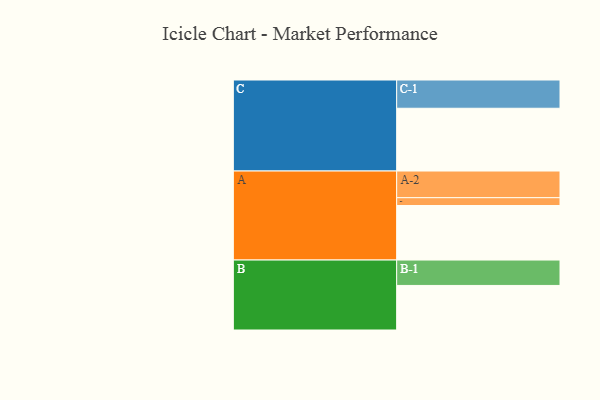
{"axis": {"x": "Segment", "y": "Value"}, "legend": ["", "A", "B", "C"], "data": [{"x": "A", "y": 515, "type": ""}, {"x": "B", "y": 421, "type": ""}, {"x": "C", "y": 593, "type": ""}, {"x": "A-1", "y": 74, "type": "A"}, {"x": "A-2", "y": 252, "type": "A"}, {"x": "B-1", "y": 240, "type": "B"}, {"x": "C-1", "y": 267, "type": "C"}]}